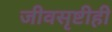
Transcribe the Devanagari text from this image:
जीवसृष्टीही